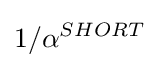
1/\alpha ^{SHORT}